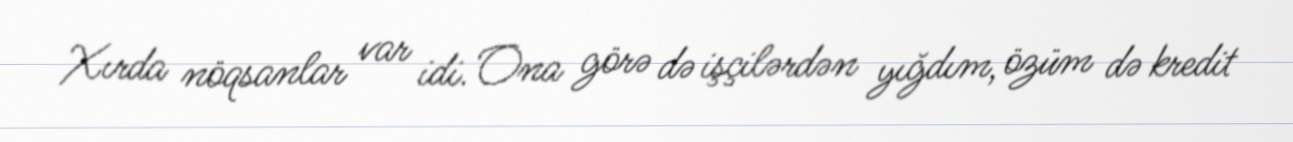
Xırda nöqsanlar var idi. Ona görə də işçilərdən yığdım, özüm də kredit